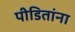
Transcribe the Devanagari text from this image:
पीडितांना